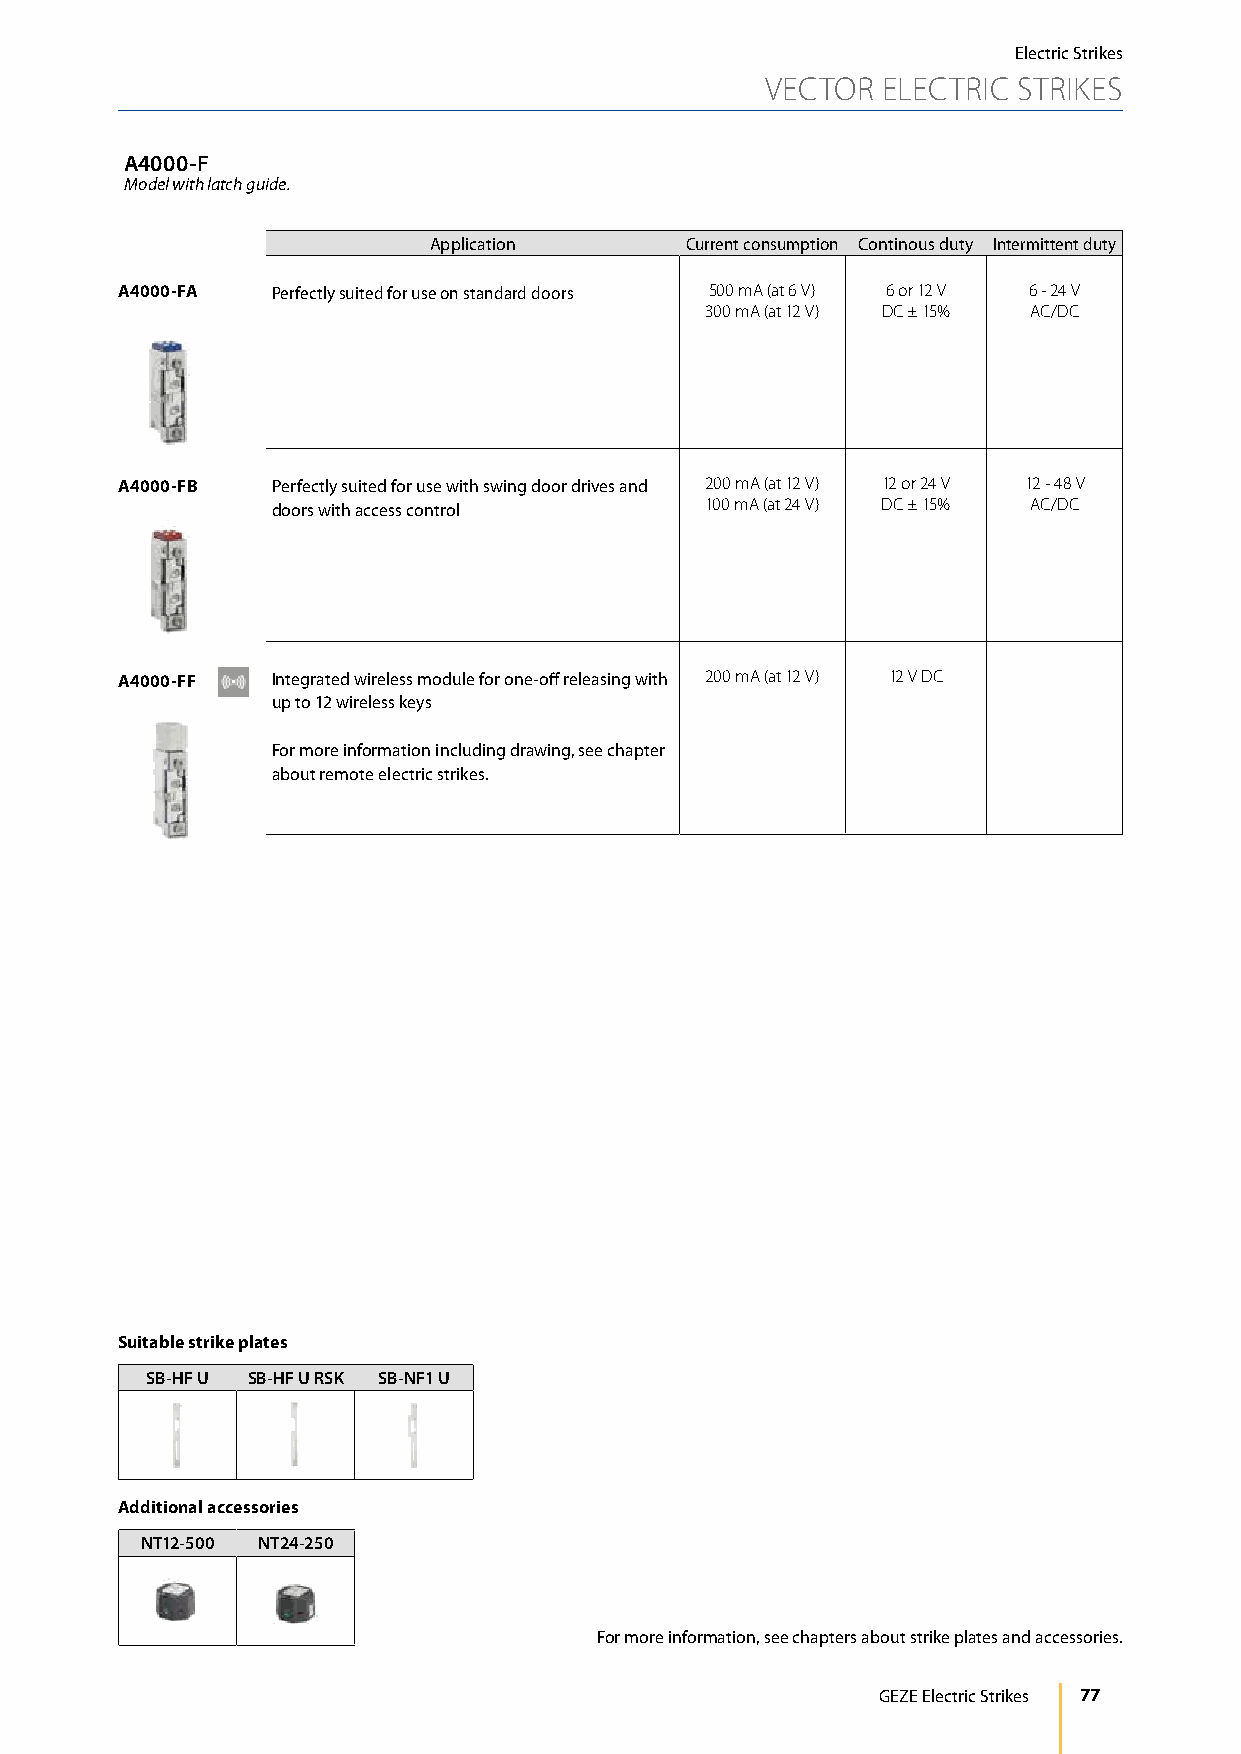
Electric Strikes
 VECTOR ELECTRIC STRIKES
 A4000-F
 Model with latch guide.
 Application      Current consumption Continous duty Intermittent duty
 A4000-FA  Perfectly suited for use on standard doors 500 mA (at 6 V) 6 or 12 V 6 - 24 V
 300 mA (at 12 V) DC ± 15% AC/DC
 A4000-FB  Perfectly suited for use with swing door drives and 200 mA (at 12 V) 12 or 24 V 12 - 48 V
 doors with access control    100 mA (at 24 V) DC ± 15% AC/DC
 A4000-FF  Integrated wireless module for one-off releasing with 200 mA (at 12 V) 12 V DC
 up to 12 wireless keys
 For more information including drawing, see chapter
 about remote electric strikes.
 Suitable strike plates
 SB-HF U SB-HF U RSK SB-NF1 U
 Additional accessories
 NT12-500 NT24-250
 For more information, see chapters about strike plates and accessories.
 GEZE Electric Strikes 77